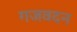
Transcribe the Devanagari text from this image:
गजवदन